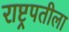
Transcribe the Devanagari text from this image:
राष्ट्रपतीला